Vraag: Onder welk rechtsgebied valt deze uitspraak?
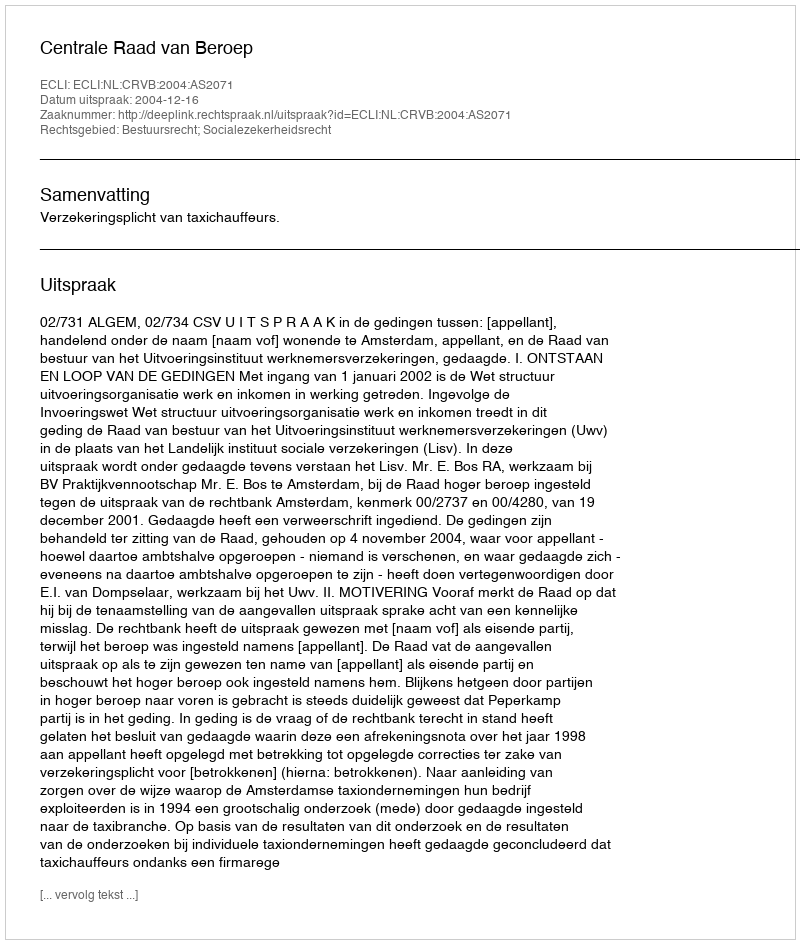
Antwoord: Bestuursrecht; Socialezekerheidsrecht